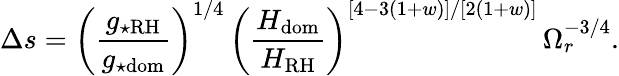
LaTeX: \Delta s=\left(\frac{g_{\star\mathrm{RH}}}{g_{\star\mathrm{dom}}}\right)^{1/4}\, \left(\frac{H_{\mathrm{dom}}}{H_{\mathrm{RH}}}\right)^{[4-3(1+w)]/[2(1+w)]}\, \Omega_{r}^{-3/4}.